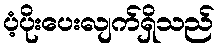
ပံ့ပိုးပေးလျက်ရှိသည်